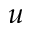
u